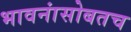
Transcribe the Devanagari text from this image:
भावनांसोबतच